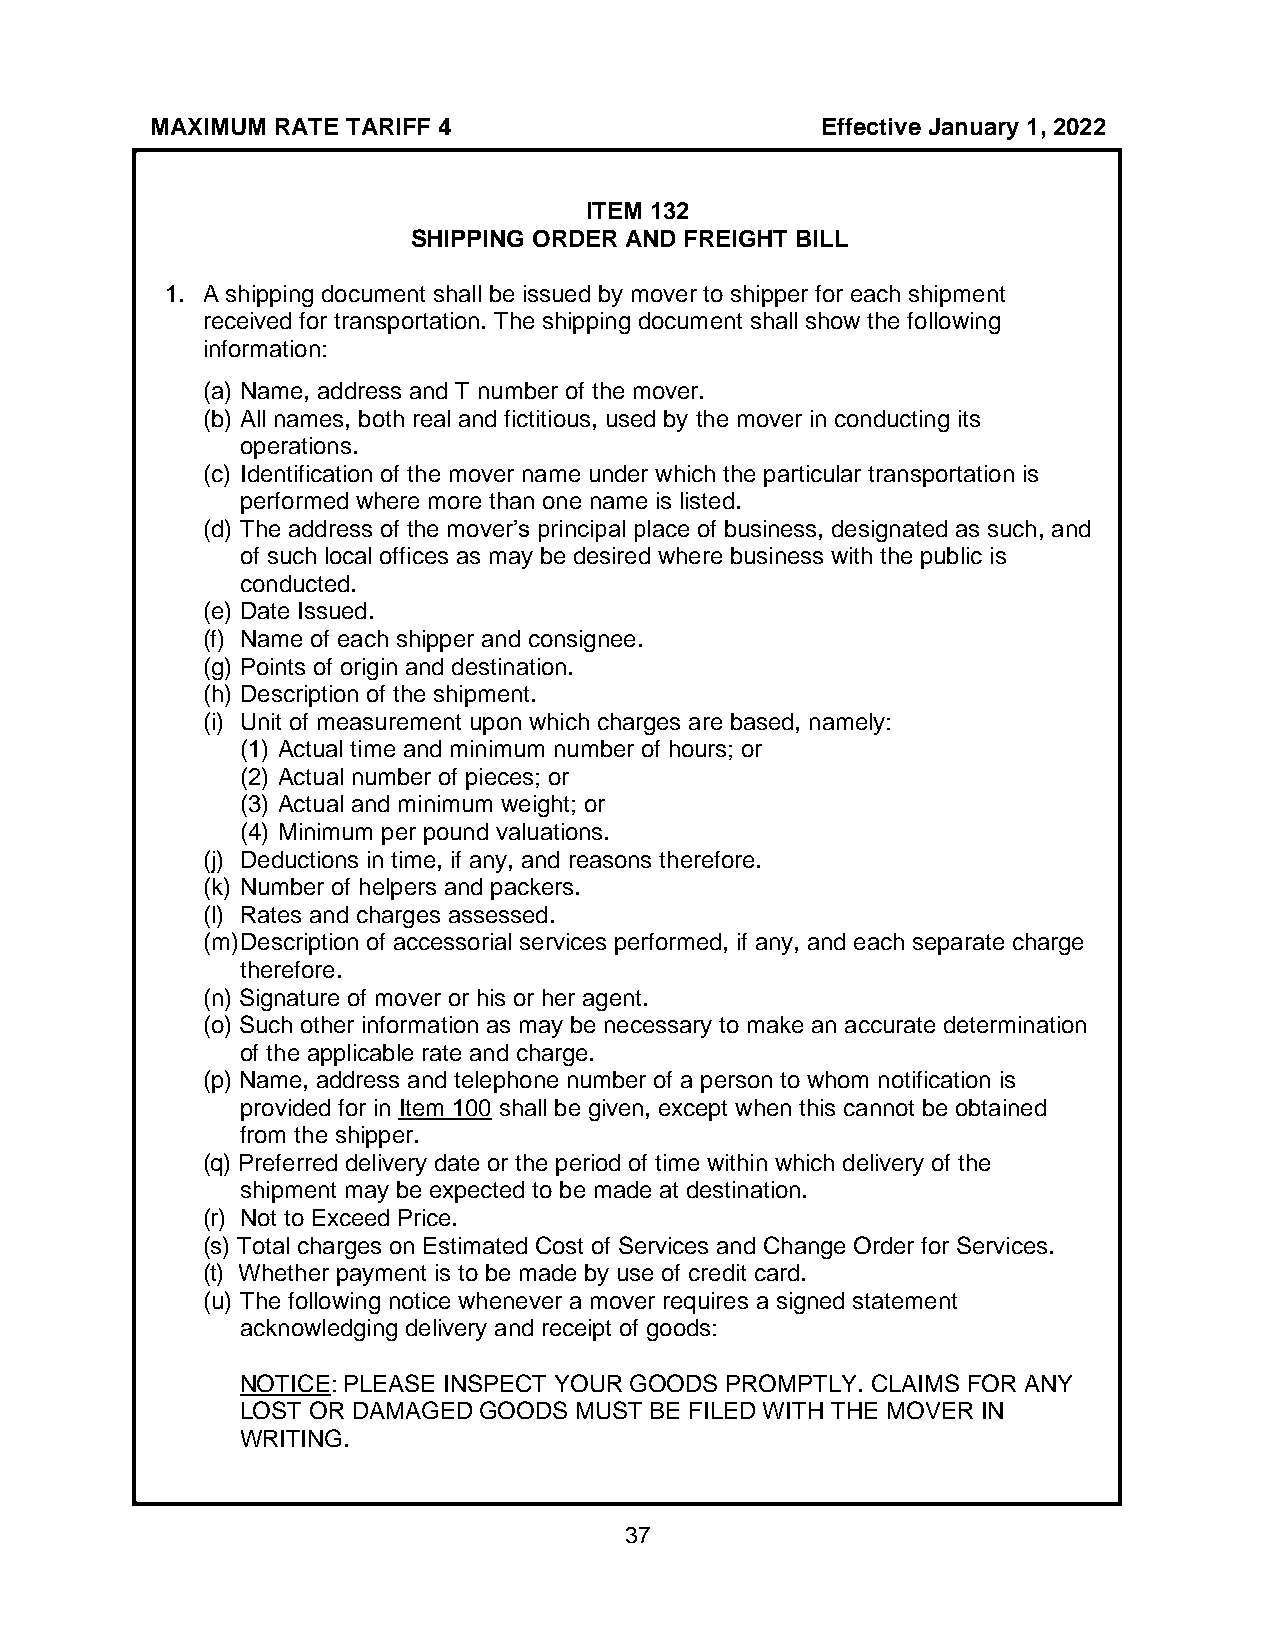
MAXIMUM RATE TARIFF 4                       Effective January 1, 2022
 ITEM 132
 SHIPPING ORDER AND FREIGHT BILL
 1. A shipping document shall be issued by mover to shipper for each shipment
 received for transportation. The shipping document shall show the following
 information:
 (a) Name, address and T number of the mover.
 (b) All names, both real and fictitious, used by the mover in conducting its
 operations.
 (c) Identification of the mover name under which the particular transportation is
 performed where more than one name is listed.
 (d) The address of the mover’s principal place of business, designated as such, and
 of such local offices as may be desired where business with the public is
 conducted.
 (e) Date Issued.
 (f) Name of each shipper and consignee.
 (g) Points of origin and destination.
 (h) Description of the shipment.
 (i) Unit of measurement upon which charges are based, namely:
 (1) Actual time and minimum number of hours; or
 (2) Actual number of pieces; or
 (3) Actual and minimum weight; or
 (4) Minimum per pound valuations.
 (j) Deductions in time, if any, and reasons therefore.
 (k) Number of helpers and packers.
 (l) Rates and charges assessed.
 (m) Description of accessorial services performed, if any, and each separate charge
 therefore.
 (n) Signature of mover or his or her agent.
 (o) Such other information as may be necessary to make an accurate determination
 of the applicable rate and charge.
 (p) Name, address and telephone number of a person to whom notification is
 provided for in Item 100 shall be given, except when this cannot be obtained
 from the shipper.
 (q) Preferred delivery date or the period of time within which delivery of the
 shipment may be expected to be made at destination.
 (r) Not to Exceed Price.
 (s) Total charges on Estimated Cost of Services and Change Order for Services.
 (t) Whether payment is to be made by use of credit card.
 (u) The following notice whenever a mover requires a signed statement
 acknowledging delivery and receipt of goods:
 NOTICE: PLEASE INSPECT YOUR GOODS PROMPTLY. CLAIMS FOR ANY
 LOST OR DAMAGED GOODS MUST BE FILED WITH THE MOVER IN
 WRITING.
 37